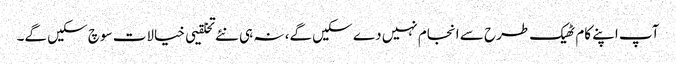
آپ اپنے کام ٹھیک طرح سے انجام نہیں دے سکیں گے، نہ ہی نئے تخلقیی خیالات سوچ سکیں گے۔